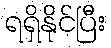
ရရှိနိုင်ပြီး